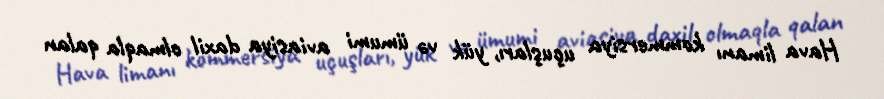
Hava limanı kommersiya uçuşları, yük və ümumi aviasiya daxil olmaqla qalan